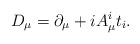
\begin{align*}D_{\mu} = \partial_{\mu} + i A_{\mu}^i t_i .\end{align*}